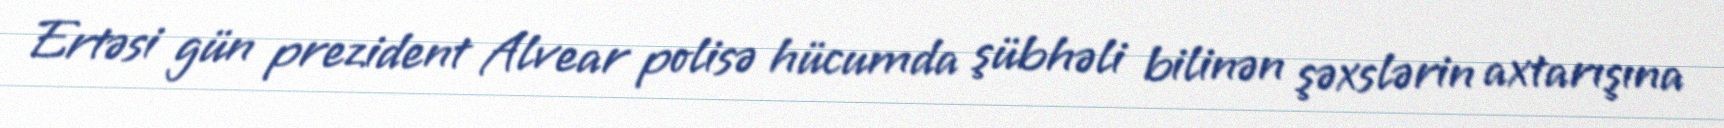
Ertəsi gün prezident Alvear polisə hücumda şübhəli bilinən şəxslərin axtarışına